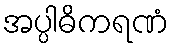
အပ္ပါဓိကရဏံ